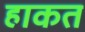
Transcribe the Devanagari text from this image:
हाकत